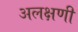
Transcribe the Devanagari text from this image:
अलक्षणी